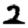
Digit: 2